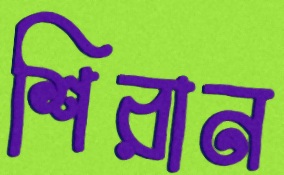
শিরান